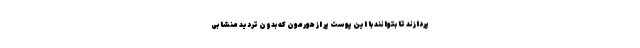
پردازند تا بتوانند با این پوست پر از هورمون که بدون تردید منشا بی